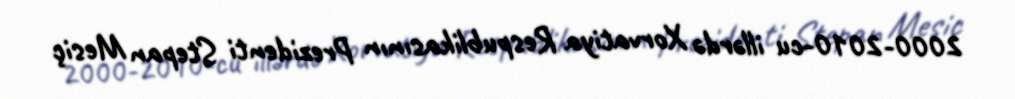
2000-2010-cu illərdə Xorvatiya Respublikasının Prezidenti Stepan Mesiç